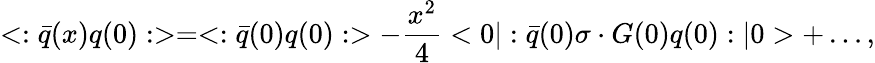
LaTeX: <:\bar{q}(x)q(0):>=<:\bar{q}(0)q(0):>-\frac{x^{2}}{4}<0|:\bar{q}(0)\sigma\cdot G(0)q(0):|0>+\dots,